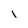
Character: 1